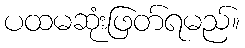
ပထမဆုံးဖြတ်ရမည်။